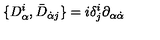
\{ D _ { \alpha } ^ { i } , \bar { D } _ { \dot { \alpha } j } \} = i \delta _ { j } ^ { i } \partial _ { \alpha \dot { \alpha } }